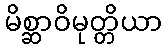
မိစ္ဆာဝိမုတ္တိယာ